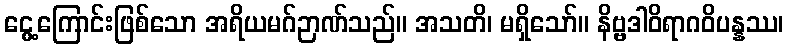
ငွေ့ကြောင်းဖြစ်သော အရိယမဂ်ဉာဏ်သည်။ အသတိ၊ မရှိသော်။ နိဗ္ဗဒါဝိရာဂဝိပန္နဿ၊